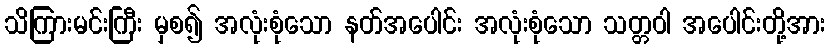
သိကြားမင်းကြီး မှစ၍ အလုံးစုံသော နတ်အပေါင်း အလုံးစုံသော သတ္တဝါ အပေါင်းတို့အား